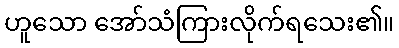
ဟူသော အော်သံကြားလိုက်ရသေး၏။